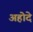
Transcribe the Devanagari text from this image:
अहोदे